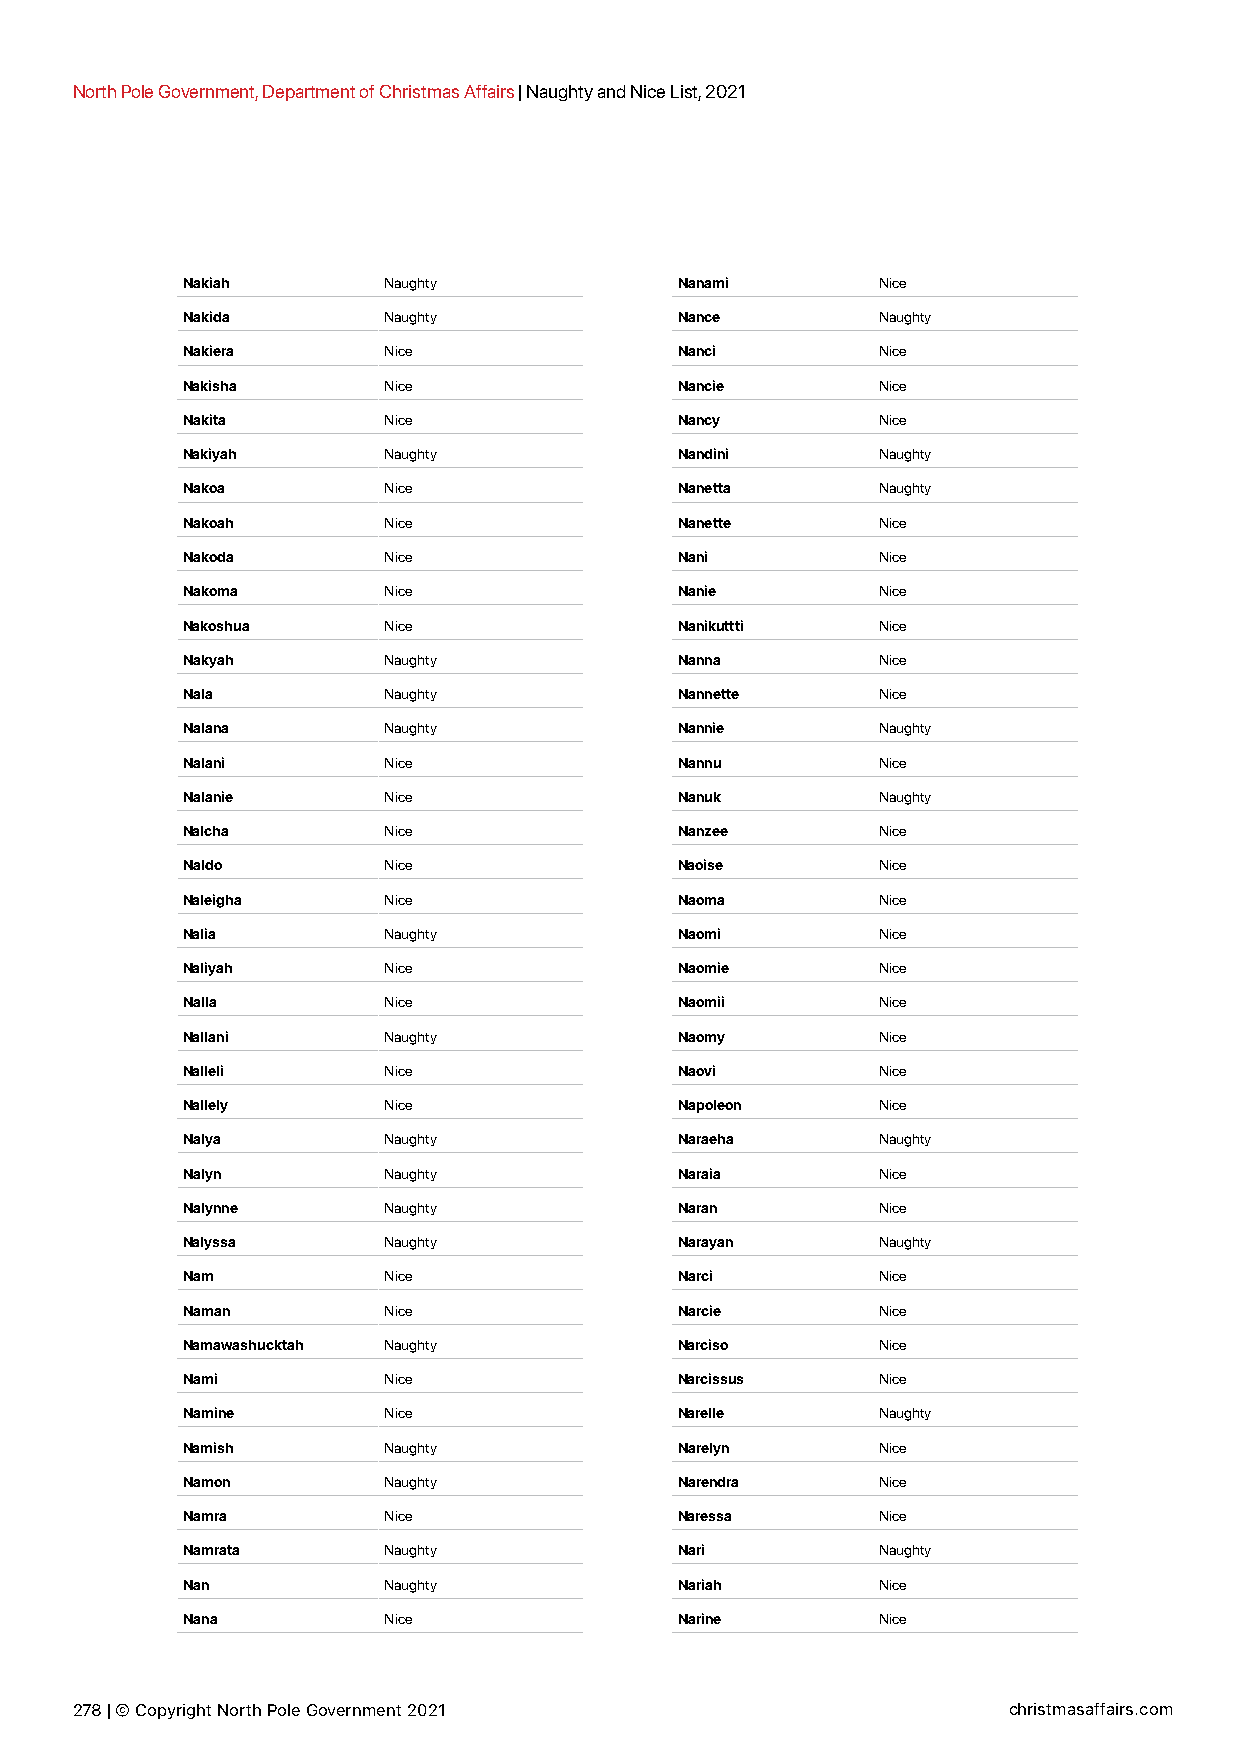
North Pole Government, Department of Christmas Affairs | Naughty and Nice List, 2021
 Nakiah       Naughty             Nanami       Nice
 Nakida       Naughty             Nance        Naughty
 Nakiera      Nice                Nanci        Nice
 Nakisha      Nice                Nancie       Nice
 Nakita       Nice                Nancy        Nice
 Nakiyah      Naughty             Nandini      Naughty
 Nakoa        Nice                Nanetta      Naughty
 Nakoah       Nice                Nanette      Nice
 Nakoda       Nice                Nani         Nice
 Nakoma       Nice                Nanie        Nice
 Nakoshua     Nice                Nanikuttti   Nice
 Nakyah       Naughty             Nanna        Nice
 Nala         Naughty             Nannette     Nice
 Nalana       Naughty             Nannie       Naughty
 Nalani       Nice                Nannu        Nice
 Nalanie      Nice                Nanuk        Naughty
 Nalcha       Nice                Nanzee       Nice
 Naldo        Nice                Naoise       Nice
 Naleigha     Nice                Naoma        Nice
 Nalia        Naughty             Naomi        Nice
 Naliyah      Nice                Naomie       Nice
 Nalla        Nice                Naomii       Nice
 Nallani      Naughty             Naomy        Nice
 Nalleli      Nice                Naovi        Nice
 Nallely      Nice                Napoleon     Nice
 Nalya        Naughty             Naraeha      Naughty
 Nalyn        Naughty             Naraia       Nice
 Nalynne      Naughty             Naran        Nice
 Nalyssa      Naughty             Narayan      Naughty
 Nam          Nice                Narci        Nice
 Naman        Nice                Narcie       Nice
 Namawashucktah Naughty           Narciso      Nice
 Nami         Nice                Narcissus    Nice
 Namine       Nice                Narelle      Naughty
 Namish       Naughty             Narelyn      Nice
 Namon        Naughty             Narendra     Nice
 Namra        Nice                Naressa      Nice
 Namrata      Naughty             Nari         Naughty
 Nan          Naughty             Nariah       Nice
 Nana         Nice                Narine       Nice
 278 | © Copyright North Pole Government 2021                  christmasaffairs.com